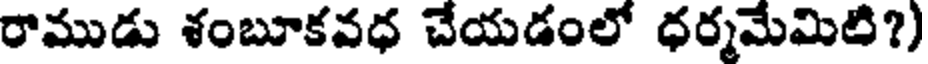
రాముడు శంబూకవధ చేయడంలో ధర్మమేమిటి?)